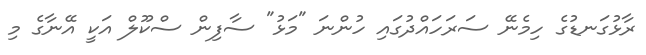
ރާޅުގަނޑުގެ ހިމެނޭ ސަރަހައްދުގައި ހުންނަ "މަޅު" ސާފިން ސްކޫލް އަކީ އޭނާގެ މި